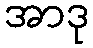
အာဒု